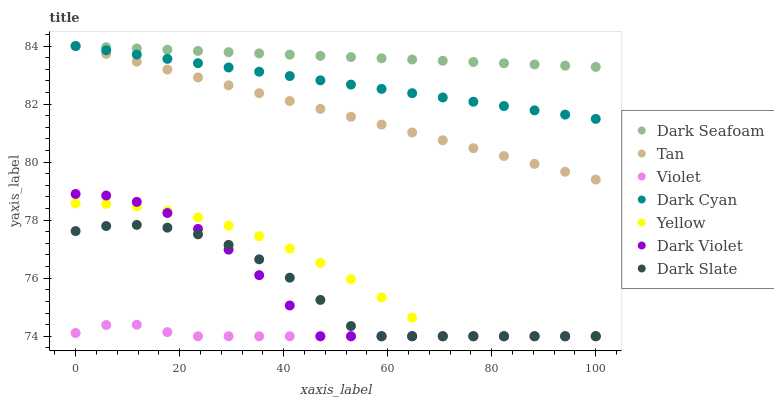
| xaxis_label | Dark Seafoam | Tan | Violet | Dark Cyan | Yellow | Dark Violet | Dark Slate |
 | --- | --- | --- | --- | --- | --- | --- | --- |
 | 0 | 84 | 84 | 74.1 | 84 | 78.6 | 78.9 | 77.6 |
 | 5.88 | 84 | 83.7 | 74.4 | 83.9 | 78.6 | 78.8 | 77.8 |
 | 11.8 | 83.9 | 83.5 | 74.4 | 83.7 | 78.5 | 78.6 | 77.8 |
 | 17.6 | 83.9 | 83.2 | 74.1 | 83.6 | 78.3 | 78.2 | 77.7 |
 | 23.5 | 83.8 | 82.9 | 74 | 83.4 | 78.1 | 77.7 | 77.5 |
 | 29.4 | 83.8 | 82.6 | 74 | 83.3 | 77.8 | 77 | 77.1 |
 | 35.3 | 83.7 | 82.4 | 74 | 83.1 | 77.4 | 76.1 | 76.7 |
 | 41.2 | 83.7 | 82.1 | 74 | 83 | 77 | 75.1 | 76 |
 | 47.1 | 83.7 | 81.8 | 74 | 82.8 | 76.5 | 74 | 75.3 |
 | 52.9 | 83.6 | 81.6 | 74 | 82.7 | 76 | 74 | 74.4 |
 | 58.8 | 83.6 | 81.3 | 74 | 82.5 | 75.3 | 74 | 74 |
 | 64.7 | 83.5 | 81 | 74 | 82.4 | 74.6 | 74 | 74 |
 | 70.6 | 83.5 | 80.8 | 74 | 82.2 | 74 | 74 | 74 |
 | 76.5 | 83.4 | 80.5 | 74 | 82.1 | 74 | 74 | 74 |
 | 82.4 | 83.4 | 80.2 | 74 | 81.9 | 74 | 74 | 74 |
 | 88.2 | 83.4 | 79.9 | 74 | 81.8 | 74 | 74 | 74 |
 | 94.1 | 83.3 | 79.7 | 74 | 81.6 | 74 | 74 | 74 |
 | 100 | 83.3 | 79.4 | 74 | 81.5 | 74 | 74 | 74 |